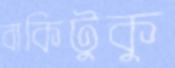
বাকিটুকু